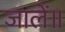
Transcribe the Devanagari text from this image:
जालें॥